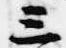
三